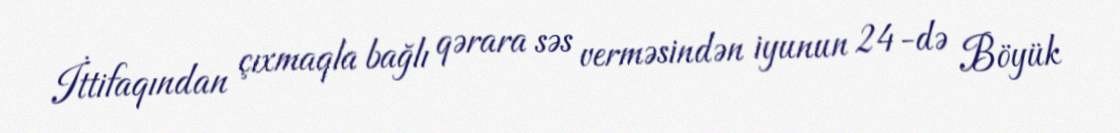
İttifaqından çıxmaqla bağlı qərara səs verməsindən iyunun 24-də Böyük